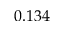
0 . 1 3 4